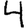
Digit: 4